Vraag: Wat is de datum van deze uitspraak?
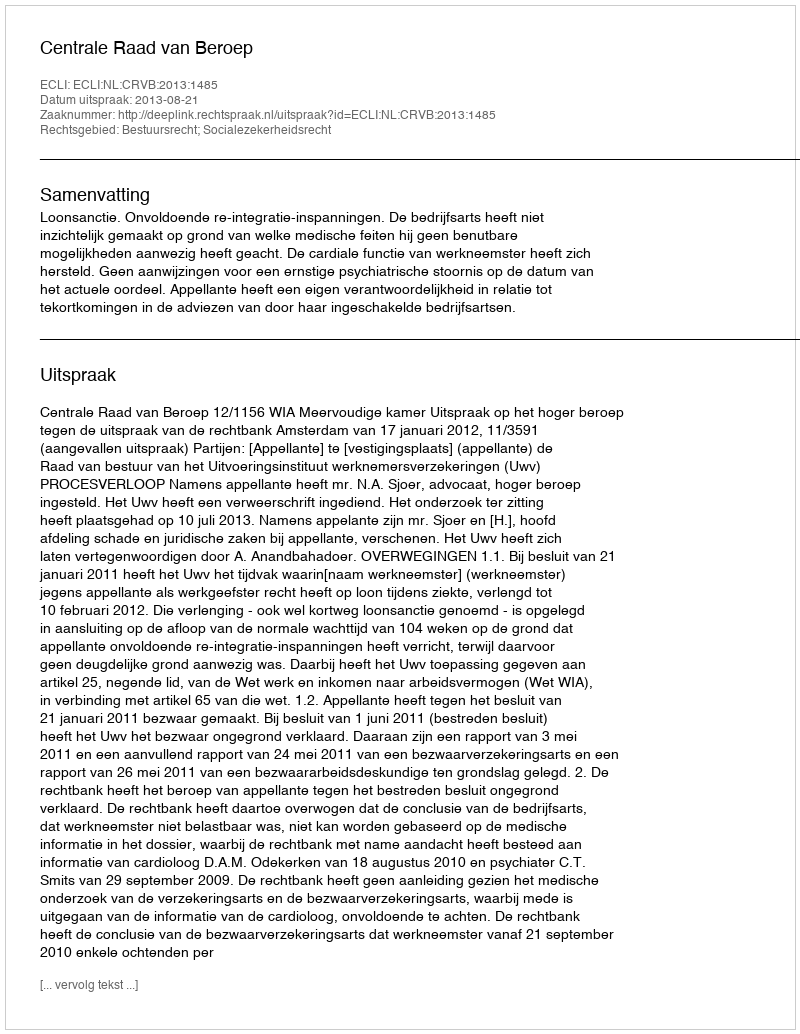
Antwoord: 2013-08-21